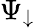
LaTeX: \Psi_{\downarrow}